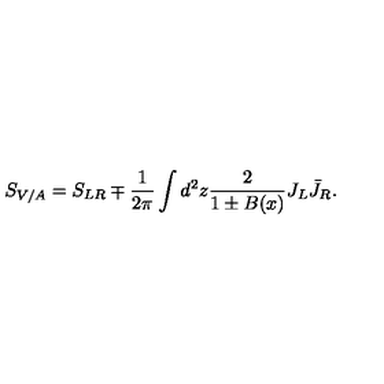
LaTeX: S _ { V / A } = S _ { L R } \mp \frac { 1 } { 2 \pi } \int d ^ { 2 } z \frac { 2 } { 1 \pm B ( x ) } J _ { L } \bar { J } _ { R } .